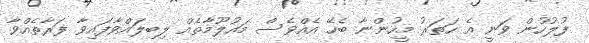
ފުލުހުން ވަނީ އެ ހަތަރު މީހުންނާ ބެހޭ އެއްވެސް މައުލޫމާތެއް ލިބިލައްވާފައިވާ ފަރާތެއްވާ